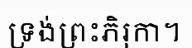
ទ្រង់ព្រះភិរុកា។